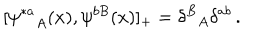
LaTeX: [ { \psi ^ { * a } } _ { A } ( x ) , \psi ^ { b B } ( x ) ] _ { + } = { \delta ^ { B } } _ { A } \delta ^ { a b } \, .